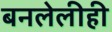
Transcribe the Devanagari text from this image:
बनलेलीही